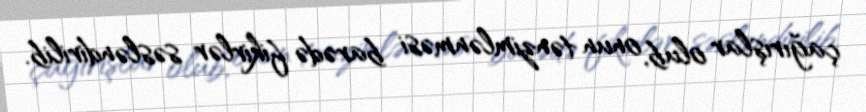
çağırışlar olub, onun tənzimlənməsi barədə fikirlər səsləndirilib.